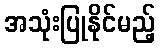
အသုံးပြုနိုင်မည့်